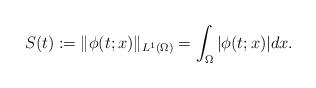
LaTeX: \begin{align*}S(t) := \|\phi(t;x)\|_{L^1(\Omega)} = \int_\Omega |\phi(t;x)|dx.\end{align*}